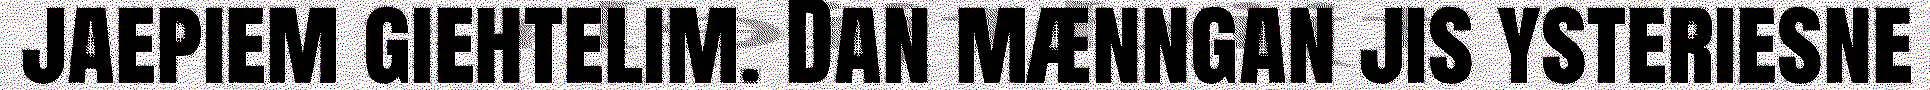
jaepiem giehtelim. Dan mænngan jis ysteriesne